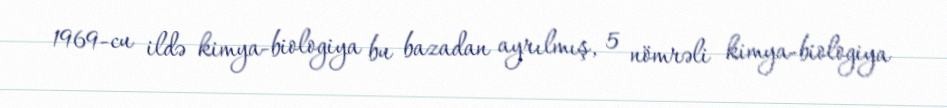
1969-cu ildə kimya-biologiya bu bazadan ayrılmış, 5 nömrəli kimya-biologiya